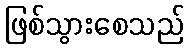
ဖြစ်သွားစေသည်